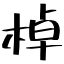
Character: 棹